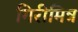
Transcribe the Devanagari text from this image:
गिरीमित्र